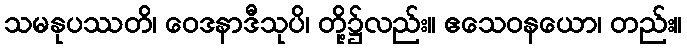
သမနုပဿတိ၊ ဝေဒနာဒီသုပိ၊ တို့၌လည်း။ ဧသေဝနယော၊ တည်း။